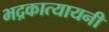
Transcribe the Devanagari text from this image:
भद्रकात्यायनी